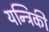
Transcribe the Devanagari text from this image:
यन्त्रिकी